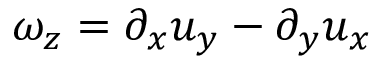
\omega _ { z } = \partial _ { x } u _ { y } - \partial _ { y } u _ { x }